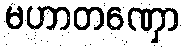
မဟာတဏှော